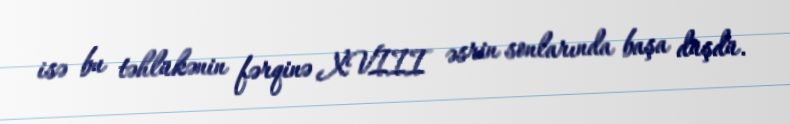
isə bu təhlükənin fərqinə XVIII əsrin sonlarında başa düşdü.